Civil Veterinary Dept. Bombay admin report 1932-41 - 1932-1941
Year: 1932
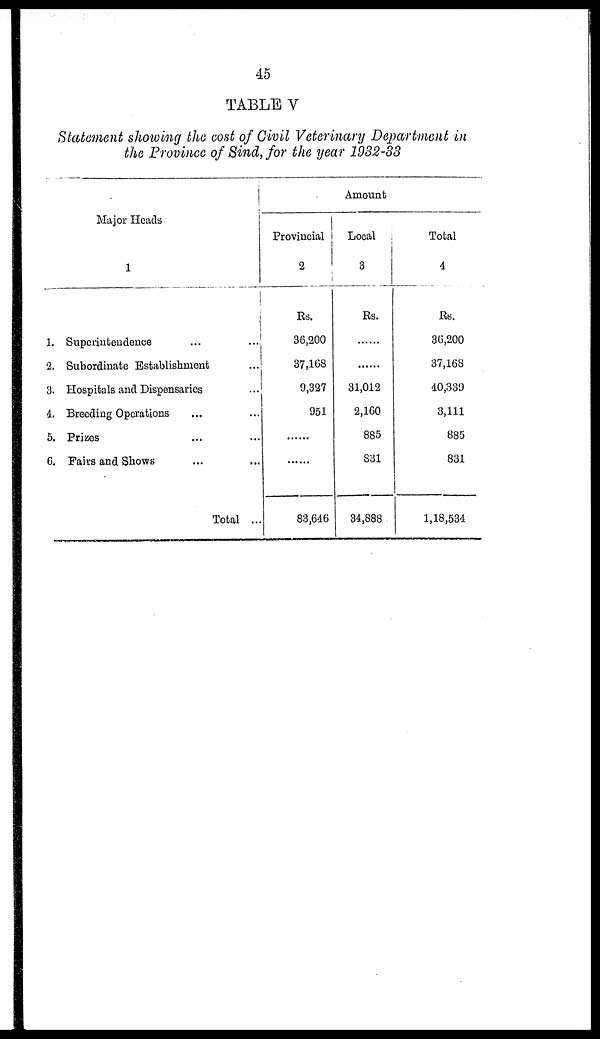
45
TABLE V
Statement showing the cost of Civil Veterinary Department in
the Province of Sind, for the year 1932-33
Major Heads
1
1. Superintendence ... ...
2. Subordinate Establishment ...
3. Hospitals and Dispensaries ...
4. Breeding Operations … …
5. Frizes … …
6. Fairs and Shows … …
Total ...
Amount
Provincial
2
Rs.
36,200
37,168
9,327
951
……
……
83,646
Local
3
Rs.
……
……
31,012
2,160
885
831
34,888
Total
4
Rs.
36,200
37,168
40,339
3,111
885
831
1,18,534